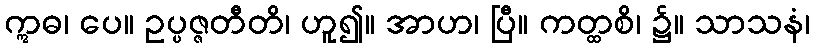
ဣဓ၊ ပေ။ ဥပ္ပဇ္ဇတီတိ၊ ဟူ၍။ အာဟ၊ ပြီ။ ကတ္ထစိ၊ ၌။ သာသနံ၊